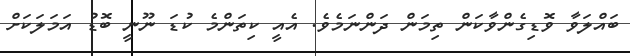
ބައްލަވާ ވޮޑިގެންވާކަން ތިމަން ދަންނަމެވެެ. އެއީ ކިތަންމެ ކުޑަ ނޫނީ ބޮޑު އަމަލަކަށް